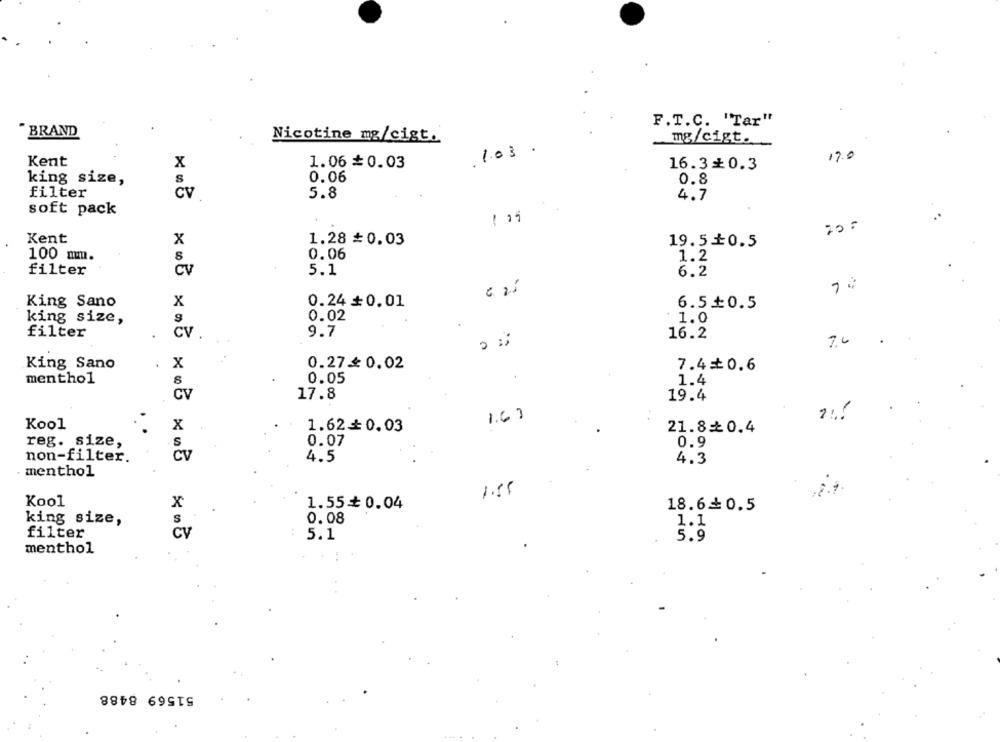
F.T.C. "Tar"
BRAND
Nicotine mg/cigt.
mg/cigt.
1.03 .
19.0
Kent
1.06 #0.03
X
16.3₺0.3
0.06
king size,
S
0.8
filter
CV
5.8
4.7
soft pack
20:
Kent
x
1.28 $0.03
19.5 0.5
100 mm.
0.06
1.2
filter
CV
5.1
6.2
70
King Sano
X
0.24 +0.01
6.5+0.5
king size,
0.02
1.0
filter
CV
9.7
16.2
7,6
King Sano
X
0.27≤ 0.02
7.4=₺0.6
menthol
0.05
1.4
CV
17.8
19.4
1.61
Kool
X
1.620.03
21.80.4
reg. size,
S
0.07
0.9
non-filter.
cv
4.5
4.3
· menthol
1.55
Kool
X
1.55+ 0.04
18.6+0.5
0.08
king size,
S
1.1
filter
CV
5.1
5.9
menthol
51569 8488